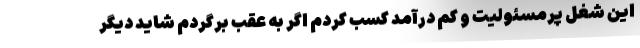
این شغل پرمسئولیت و کم درآمد کسب کردم اگر به عقب برگردم شاید دیگر